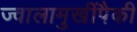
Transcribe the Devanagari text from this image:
ज्वालामुखींपैकी